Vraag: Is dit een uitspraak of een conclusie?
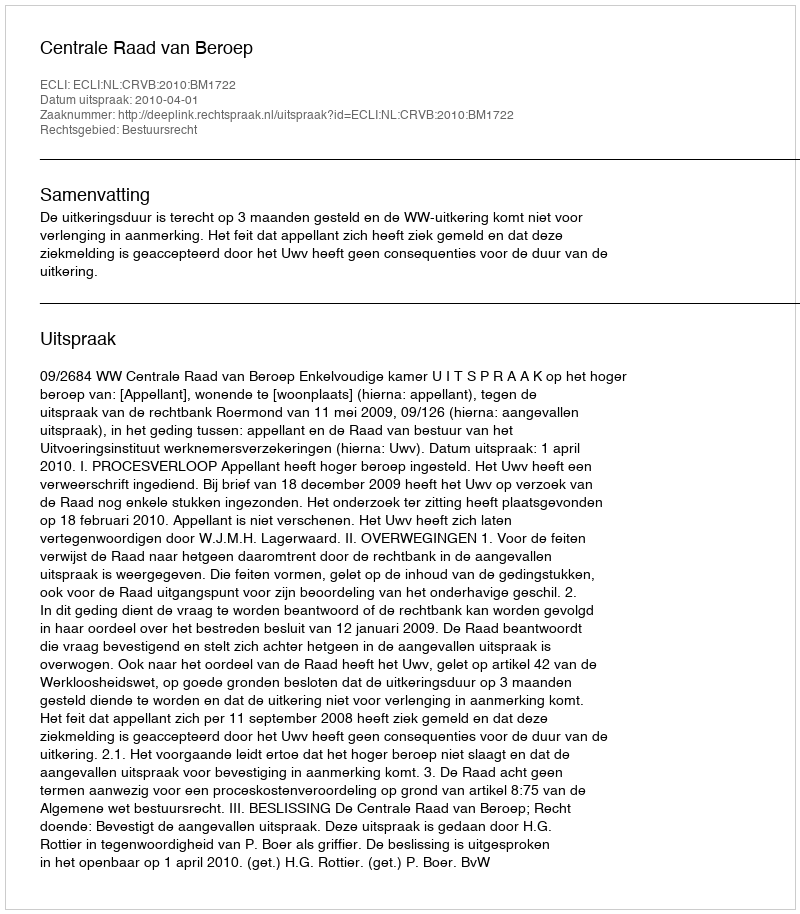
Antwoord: Uitspraak